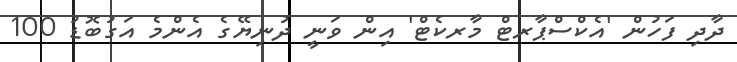
ދާދި ފަހުން 'އެކްސްޕާރޓް މާރކެޓް' އިން ވަނީ ދުނިޔޭގެ އެންމެ އަގުބޮޑު 100